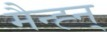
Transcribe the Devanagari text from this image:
मैन्ह्न्